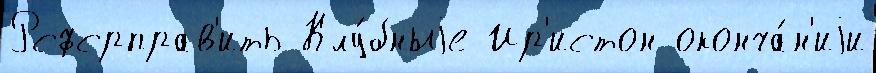
Рсфсрправ'ить Клу́бныjе Ир'истон оконча́н'иjи